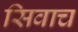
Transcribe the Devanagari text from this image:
सिवाच